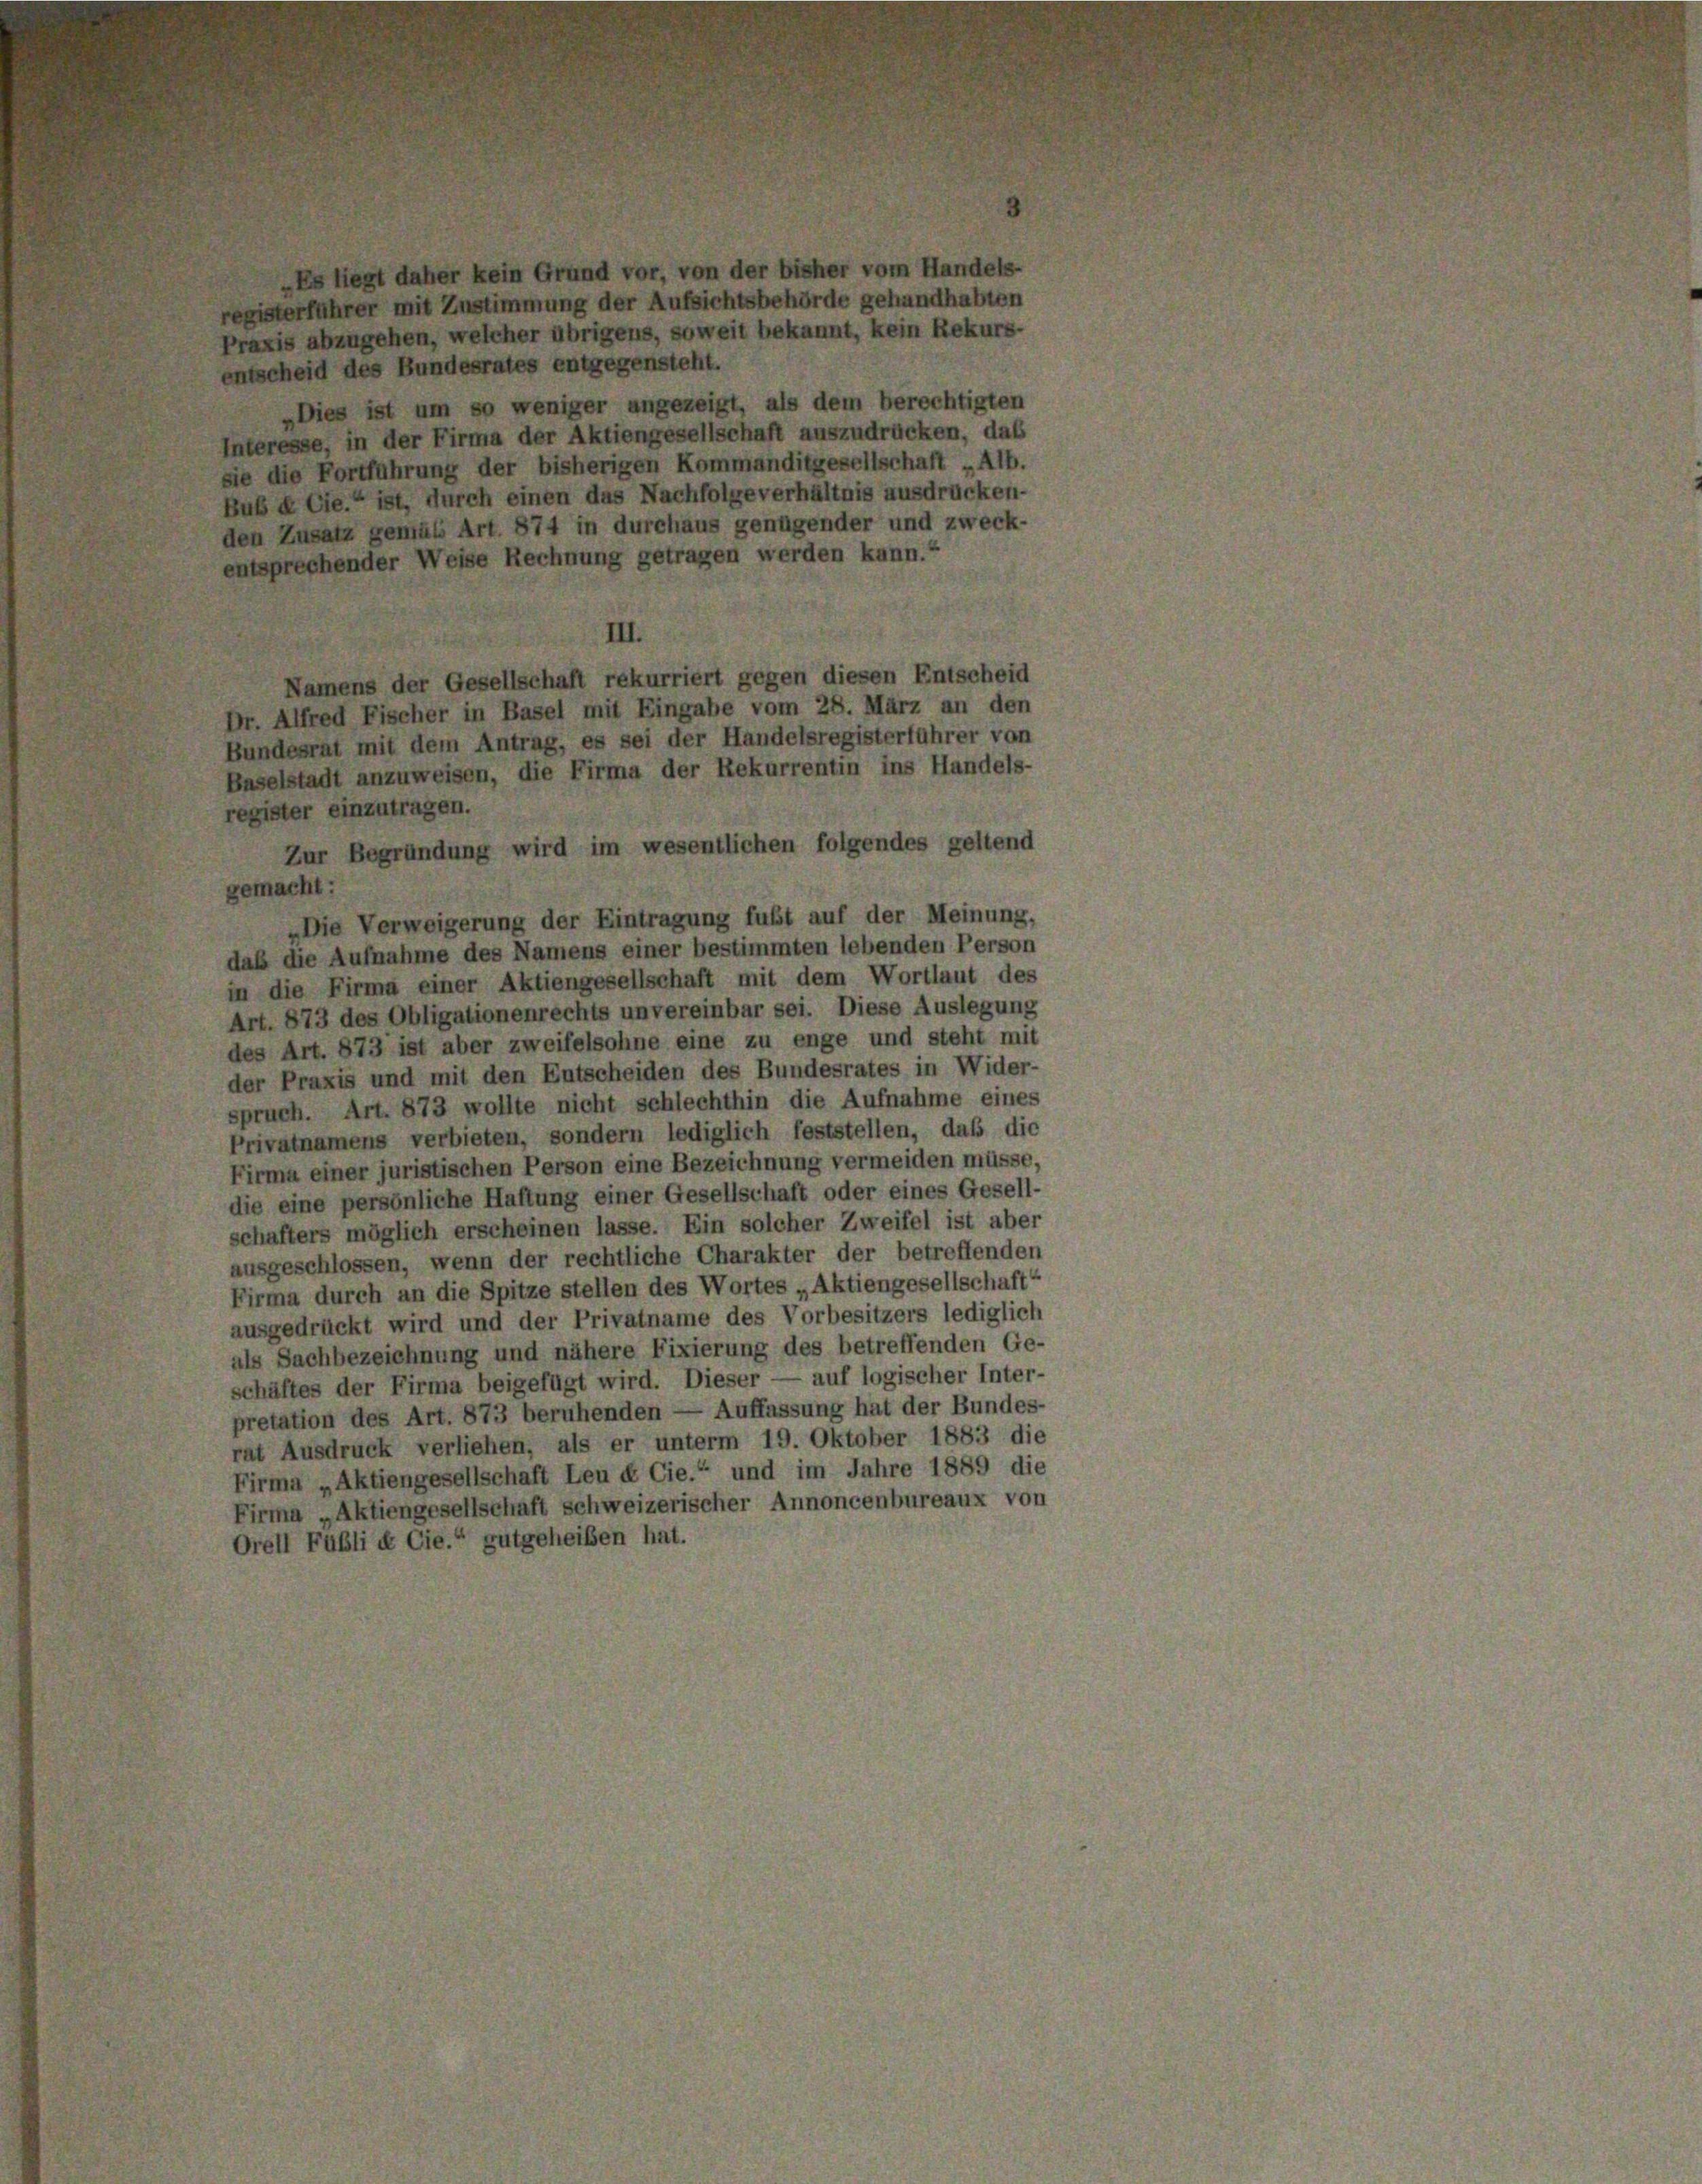
entscheid des Bundesrates entgegensteht.
Interesse, in der Firma der Aktiengesellschaft auszudrücken, das
sie die Fortführung der bisherigen Kommanditgesellschaft „Alb.
Bub & Cie.“ ist, durch einen das Nachfolge verhältnis ausdrücken-
den Zusatz gemäss Art. 874 in durchaus genügender und zweck-
entsprechender Weise Rechnung getragen werden kann.“
III.
Namens der Gesellschaft rekurriert gegen diesen Entscheid
Dr. Alfred Fischer in Basel mit Eingabe vom 28. März an den
Bundesrat mit dem Antrag, es sei der Handelsregisterführer von
Baselstadt anzuweisen, die Firma der Rekurrentin ins Handels-
register einzutragen.
Zur Begründung wird im wesentlichen folgendes geltend
gemacht:
„Die Verweigerung der Eintragung fubt auf der Meinung,
daß die Aufnahme des Namens einer bestimmten lebenden Person
in die Firma einer Aktiengesellschaft mit dem Wortlaut des
Art. 873 des Obligationenrechts unvereinbar sei. Diese Auslegung
des Art. 873 ist aber zweifelsohne eine zu enge und steht mit
der Praxis und mit den Entscheiden des Bundesrates in Wider-
spruch. Art. 873 wollte nicht schlechthin die Aufnahme eines
Privatnamens verbieten, sondern lediglich feststellen, daß die
Firma einer juristischen Person eine Bezeichnung vermeiden müsse,
die eine persönliche Haftung einer Gesellschaft oder eines Gesell-
schafters möglich erscheinen lasse. Ein solcher Zweifel ist aber
ausgeschlossen, wenn der rechtliche Charakter der betreffenden
Firma durch an die Spitze stellen des Wortes „Aktiengesellschaft“
ausgedrückt wird und der Privatname des Vorbesitzers lediglich
als Sachbezeichnung und nähere Fixierung des betreffenden Ge-
schäftes der Firma beigefügt wird. Dieser — auf logischer Inter-
pretation des Art. 873 beruhenden — Auffassung hat der Bundes-
rat Ausdruck verliehen, als er unterm 19. Oktober 1883 die
Firma „Aktiengesellschaft Leu & Cie.“ und im Jahre 1889 die
Firma „Aktiengesellschaft schweizerischer Annoncenbureaux von
Orell Fubli & Cie.“ gutgeheiben hat.

„Es liegt daher kein Gru

l vor, von der bisher vom Handels-
registerführer mit Zustimmung der Aufsichtsbehörde gehandhabten
Praxis abzugehen, welcher übrigens, soweit bekannt, kein Rekurs-
„Dies ist um so weniger angezeigt, als dem berechtigten